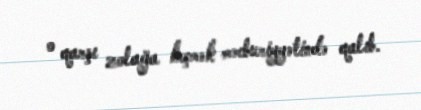
o qarşı zolağa keçmək məcburiyyətində qalıb.